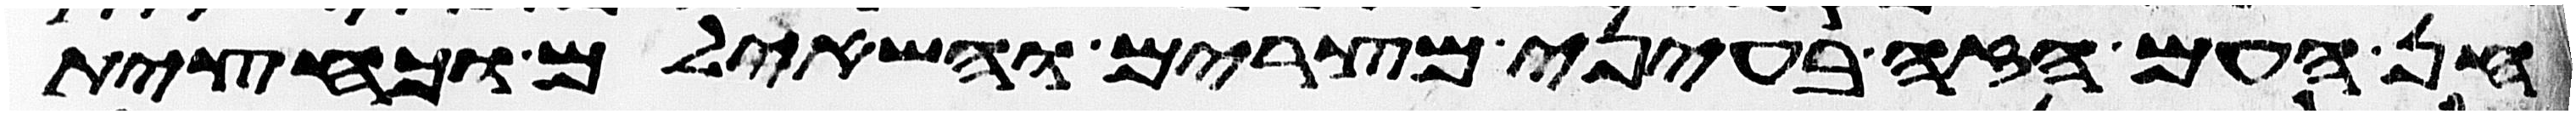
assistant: חן העם הזה בעיני מצרים והשאלום וכחצית